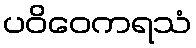
ပဝိဝေကရသံ